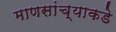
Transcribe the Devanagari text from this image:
माणसांच्याकडे